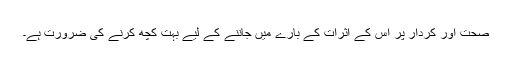
صحت اور کردار پر اس کے اثرات کے بارے میں جاننے کے لیے بہت کچھ کرنے کی ضرورت ہے۔